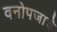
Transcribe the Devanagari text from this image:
वनोपजाचे